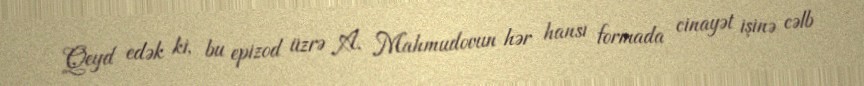
Qeyd edək ki, bu epizod üzrə A. Mahmudovun hər hansı formada cinayət işinə cəlb